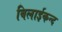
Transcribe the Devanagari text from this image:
बिलाईकन्द